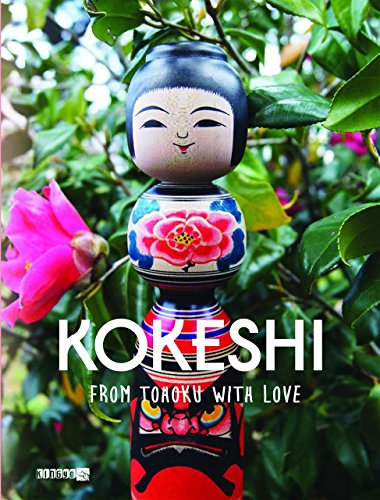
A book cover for Kokeshi, from Tohoku with Love; Manami Okazaki; Crafts, Hobbies & Home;